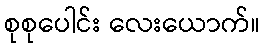
စုစုပေါင်း လေးယောက်။